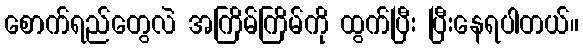
စောက်ရည်တွေလဲ အကြိမ်ကြိမ်ကို ထွက်ပြီး ပြီးနေရပါတယ်။